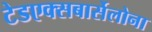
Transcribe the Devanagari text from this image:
टेडएक्सबार्सेलोना